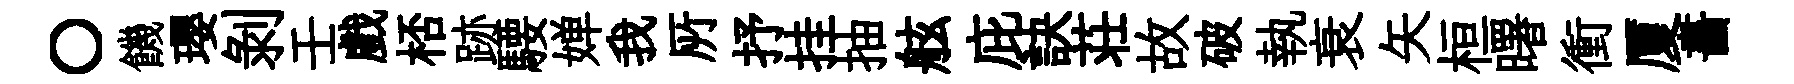
〇饑瓔剝壬戲桮跡騕婵我𠩄抒挂抽舷庇訣荘故破執衰矢桓曙衝厦畵